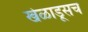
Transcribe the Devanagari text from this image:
खेळाडूसच